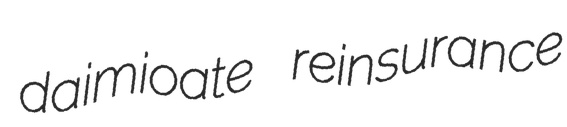
daimioate reinsurance